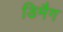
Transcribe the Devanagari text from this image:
डिमैग